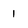
Character: 1